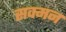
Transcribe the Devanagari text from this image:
सक्मन